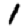
Digit: 1